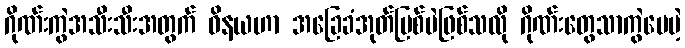
ဂိုဏ်းကွဲအသီးသီးအတွက် ဝိနယဟာ အခြေခံအုတ်မြစ်ပဲဖြစ်သလို ဂိုဏ်းတွေသာကွဲပေမဲ့